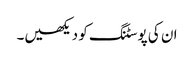
ان کی پوسٹنگ کو دیکھیں۔